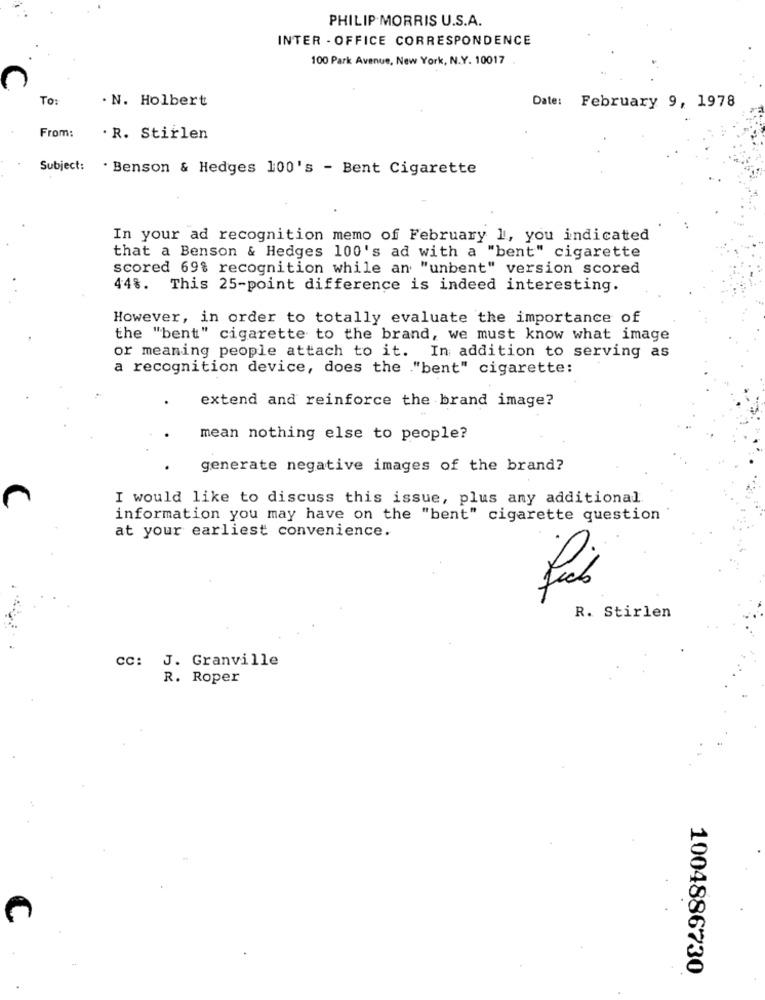
PHILIP MORRIS U.S.A.
INTER - OFFICE CORRESPONDENCE
100 Park Avenue, New York, N.Y. 10017
TO:
. N. Holbert
Date: February 9, 1978
From:
R. Stirlen
Subject:
. Benson & Hedges 100's - Bent Cigarette
In your ad recognition memo of February 1, you indicated
that a Benson & Hedges 100's ad with a "bent" cigarette
scored 69% recognition while an "unbent" version scored
44%. This 25-point difference is indeed interesting.
However, in order to totally evaluate the importance of
the "bent" cigarette to the brand, we must know what image
or meaning people attach to it. In addition to serving as
a recognition device, does the "bent" cigarette:
extend and reinforce the brand image?
mean nothing else to people?
generate negative images of the brand?
I would like to discuss this issue, plus any additional
information you may have on the "bent" cigarette question
at your earliest convenience.
R. Stirlen
CC:
J. Granville
R. Roper
1004886730